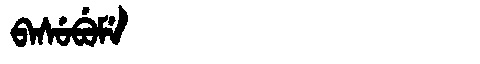
Manchu: ᠪᠠᠰᡠᠪᡠᠮᡝ
Romanization: BASUBUME